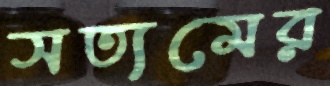
সত্যমের